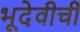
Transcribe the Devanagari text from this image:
भूदेवीची